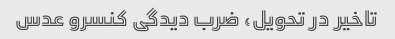
تاخیر در تحویل، ضرب دیدگی کنسرو عدس